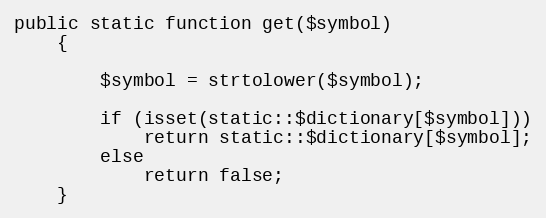
Language: PHP
public static function get($symbol)
    {

        $symbol = strtolower($symbol);

        if (isset(static::$dictionary[$symbol]))
            return static::$dictionary[$symbol];
        else
            return false;
    }